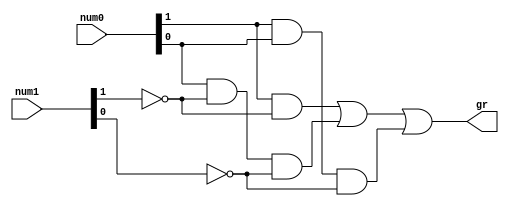
//MODULE THAT ENABLES THE CHECK OF GREATER NUMBER A BETWEEN 2 BIT NUMBERS A AND B

module gr
   (
    input wire[1:0] num0, num1,
    output wire gr
   );

   // signal declaration
   wire p0, p1, p2;

   // body - includes the logical expressions used and the final SOP form to achieve the desired result
   assign gr = p0 | p1 | p2;                             // gr = p0 + p1 + p2
                                                         //    = (A1.~B1) + (A0.~B1.~B0) + (A1.A0.~B0)
   assign p0 = ( num0[1] & ~num1[1] );                   // p0 = A1.~B1
   assign p1 = ( num0[0] & ~num1[1] & ~num1[0] );        // p1 = A0.~B1.~B0
   assign p2 = ( num0[1] & num0[0] & ~num1[0] );         // p2 = A1.A0.~B0

endmodule